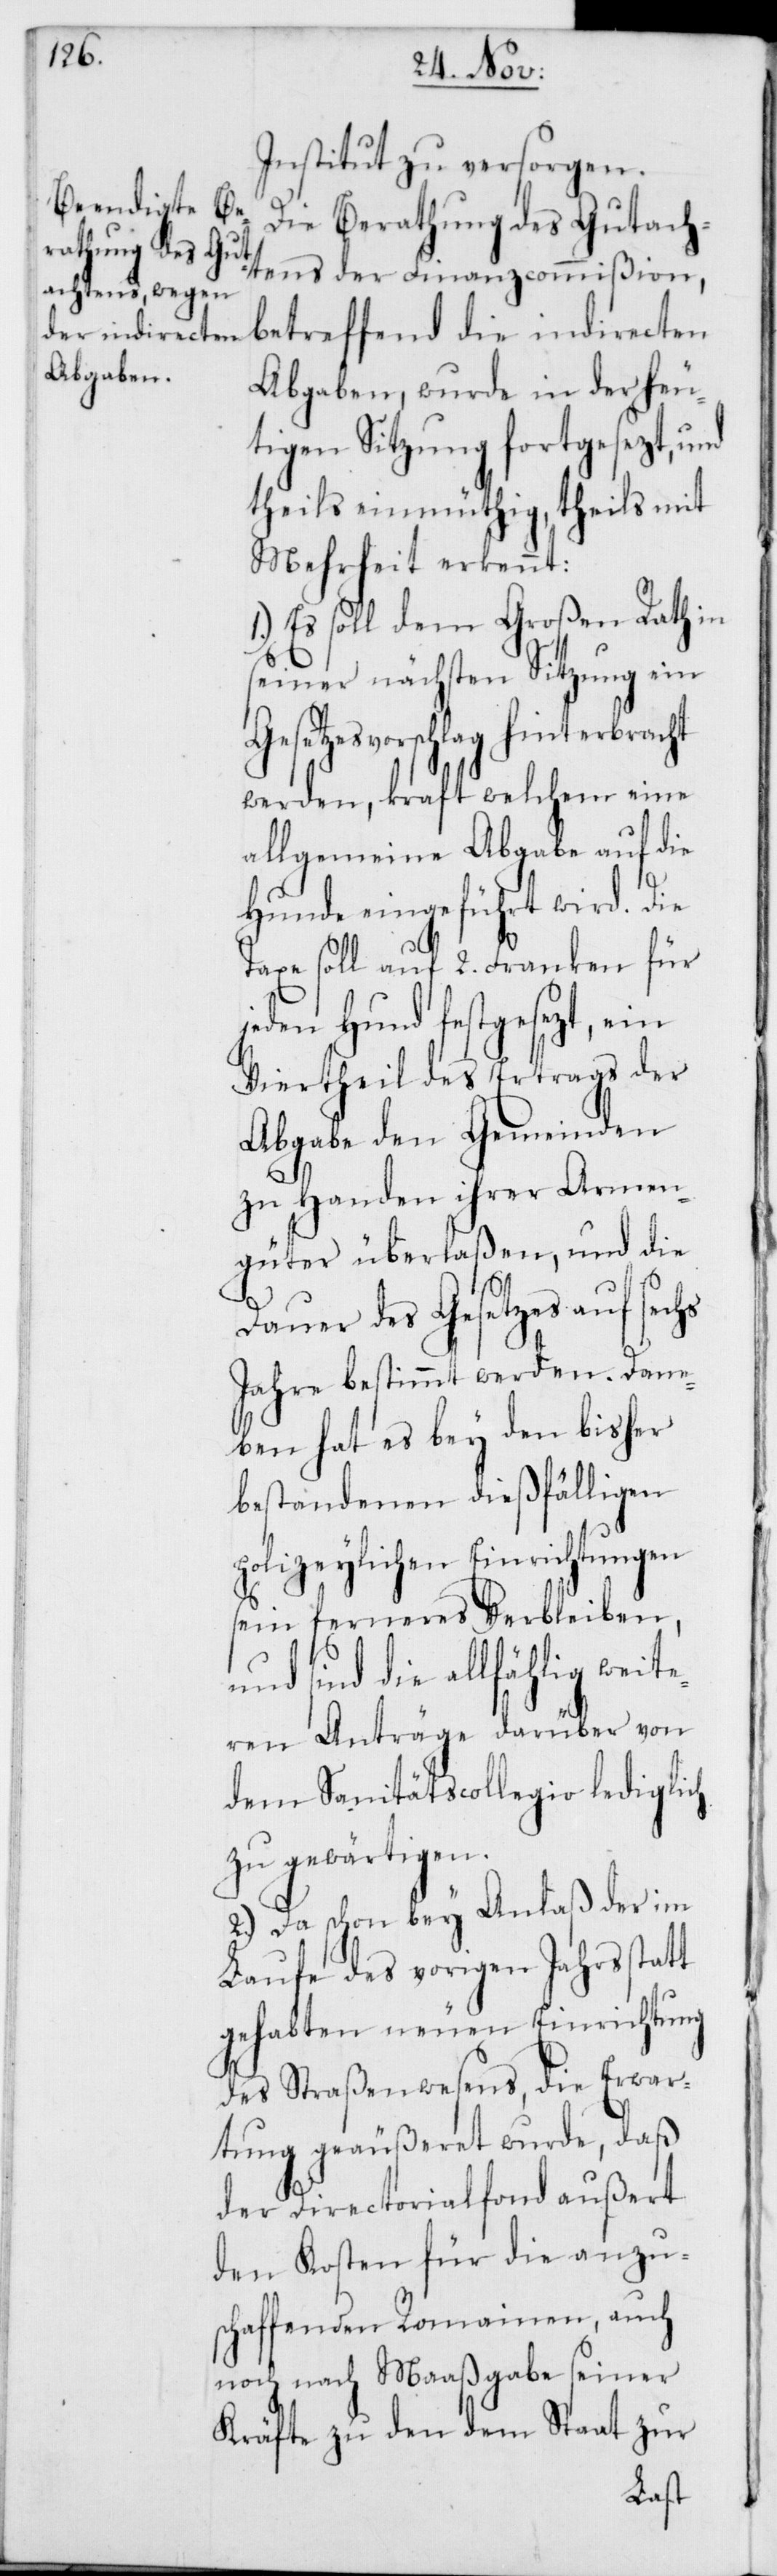
Institut zu versorgen.
Die Berathung des Gutach¬
tens der Finanzcommißion,
betreffend die indirecten
Abgaben, wurde in der heu¬
tigen Sitzung fortgesezt, und
theils einmüthig, theils mit
Mehrheit erkennt:
1.) Es soll dem Großen Rath in
seiner nächsten Sitzung ein
Gesetzesvorschlag hinterbracht
werden, kraft welchem eine
allgemeine Abgabe auf die
Hunde eingeführt wird. Die
Taxe soll auf 2. Franken für
jeden Hund festgesezt, ein
Viertheil des Ertrags der
Abgabe den Gemeinden
zu Handen ihrer Armen¬
güter überlaßen, und die
Dauer des Gesetzes auf sechs
Jahre bestimmt werden. Dane¬
ben hat es bey den bisher
bestandenen dießfälligen
polizeylichen Einrichtungen
sein ferneres Verbleiben,
und sind die allfählig weit¬
eren Anträge darüber von
dem Sanitätscollegio lediglich
zu gewärtigen.
2.) Da schon bey Anlaß der im
Laufe des vorigen Jahrs statt
gehabten neuen Einrichtung
des Straßenwesens, die Erwar¬
tung geäußeret wurde, daß
der Directorialfonds außert
den Kosten für die anzu¬
schaffenden Romainen, auch
noch nach Maaßgabe seiner
Kräfte zu den dem Staat zur